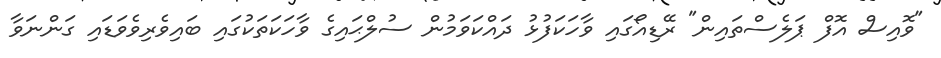
"ވޮއިސް އޮފް ޕަލެސްތައިން" ރޭޑިއޯގައި ވާހަކަފުޅު ދައްކަވަމުން ސުލްޙައިގެ ވާހަކަތަކުގައި ބައިވެރިވެވަޑައި ގަންނަވާ